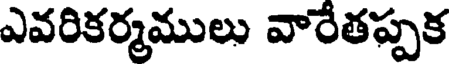
ఎవరికర్మములు వారేతప్పక